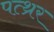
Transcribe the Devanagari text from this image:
पत्थ्रर